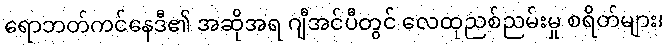
ရောဘတ်ကင်နေဒီ၏ အဆိုအရ ဂျီအင်ပီတွင် လေထုညစ်ညမ်းမှု စရိတ်များ၊